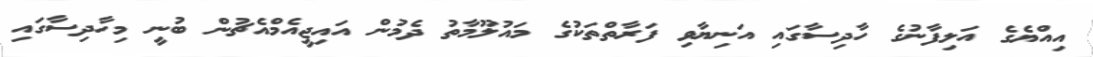
އިއްޔެގެ އަލިފާނުގެ ހާދިސާގައި އަނިޔާވި ފަރާތްތަކުގެ މައުލޫމާތު ދެމުން އައިޖީއެމްއެޗުން ބުނީ މިހާދިސާގައި